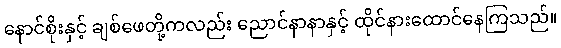
နောင်စိုးနှင့် ချစ်ဖေတို့ကလည်း ညောင်နာနာနှင့် ထိုင်နားထောင်နေကြသည်။